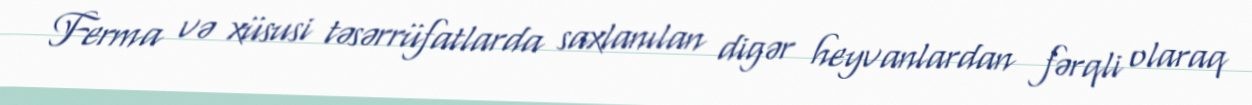
Ferma və xüsusi təsərrüfatlarda saxlanılan digər heyvanlardan fərqli olaraq